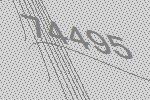
74495